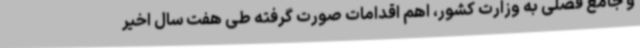
و جامع فصلی به وزارت کشور، اهم اقدامات صورت گرفته طی هفت سال اخیر